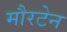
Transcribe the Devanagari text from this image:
मौरटेन